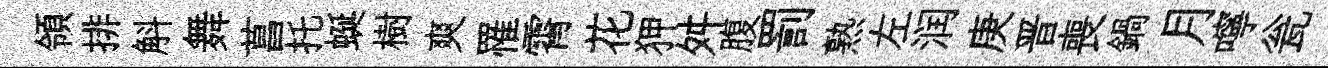
領排斛舞菖托蜒樹爽罹霄花狎舛腹罰熟左润庚晋喪鍋月嚀瓮